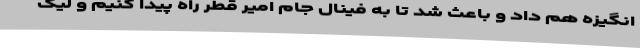
انگیزه هم داد و باعث شد تا به فینال جام امیر قطر راه پیدا کنیم و لیگ